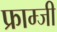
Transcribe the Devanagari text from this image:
फ्राम्जी